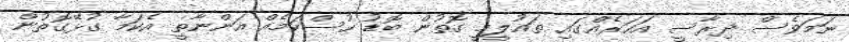
ނަމަވެސް ދިރާސީ އަހަރެއްގައި ތައުލީމީ ގޮތުން ބޮޑު ހުސްކަމެއް އަންނާތީ އެކަމާ ގުޅޭގޮތުން